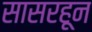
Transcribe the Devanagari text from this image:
सासरहून